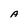
Character: A